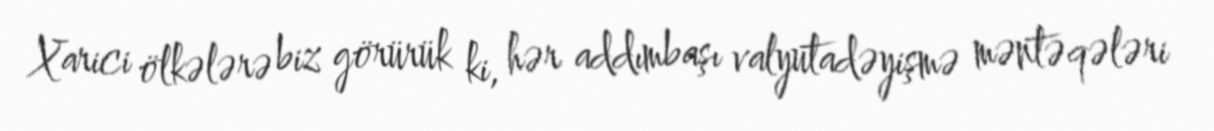
Xarici ölkələrə biz görürük ki, hər addımbaşı valyutadəyişmə məntəqələri